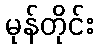
မုန်တိုင်း